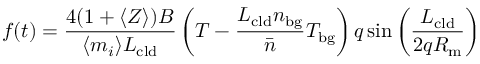
f ( t ) = \frac { 4 ( 1 + \langle Z \rangle ) B } { \langle m _ { i } \rangle L _ { \mathrm { c l d } } } \left( T - \frac { L _ { \mathrm { c l d } } n _ { \mathrm { b g } } } { \bar { n } } T _ { \mathrm { b g } } \right) q \sin { \left( \frac { L _ { \mathrm { c l d } } } { 2 q R _ { \mathrm { m } } } \right) }